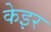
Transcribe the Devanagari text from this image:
केइर